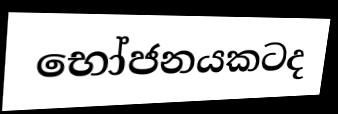
භෝජනයකටද